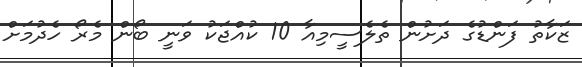
ޒަކާތު ފަންޑުގެ ދަށުން ތެލެސީމިއާ 10 ކުއްޖަކު ވަނީ ބޯން މެރޯ ހެދުމަށް